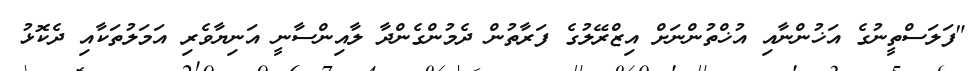
"ފަލަސްތީނުގެ އަޚުންނާއި އުޚްތުންނަށް އިޒްރޭލުގެ ފަރާތުން ދެމުންގެންދާ ލާއިންސާނީ އަނިޔާވެރި އަމަލުތަކާއި ދެކޮޅު